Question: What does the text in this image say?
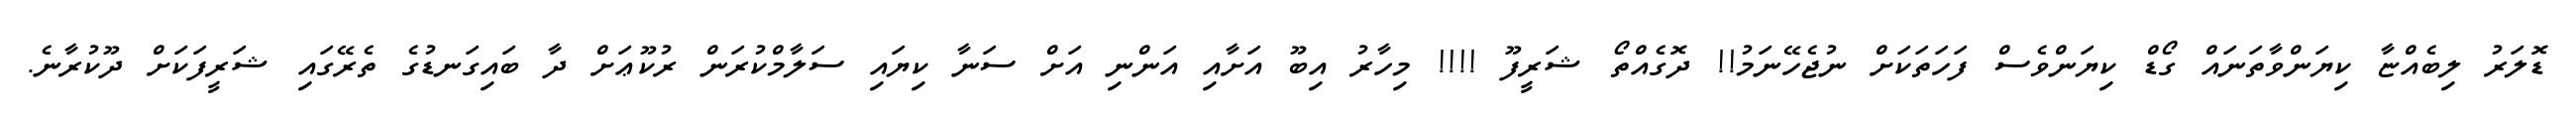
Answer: ޑޮލަރު ލިބެއްޏާ ކިޔަންވާތަނައް ގޯޑް ކިޔަންވެސް ފަހަތަކަށް ނުޖެހޭނަމު!! ދޮގެއްތޯ ޝަރީފޫ !!!! މިހާރު އިބޫ އަށާއި އަންނި އަށް ސަނާ ކިޔައި ސަލާމްކުރަން ރުކޫޢަށް ދާ ބައިގަނޑުގެ ތެރޭގައި ޝަރީފަކަށް ދޫކުރާނެ.